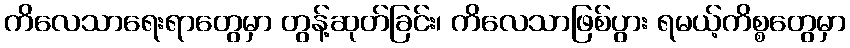
ကိလေသာရေးရာတွေမှာ တွန့်ဆုတ်ခြင်း၊ ကိလေသာဖြစ်ပွား ရမယ့်ကိစ္စတွေမှာ